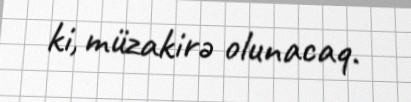
ki, müzakirə olunacaq.